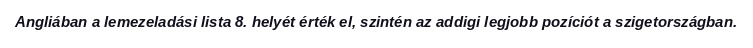
Angliában a lemezeladási lista 8. helyét érték el, szintén az addigi legjobb pozíciót a szigetországban.